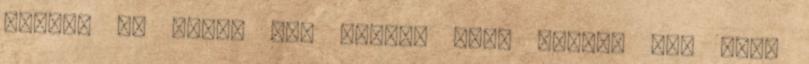
Apáék. De ekkor sem láttam őket sehol. Így arra